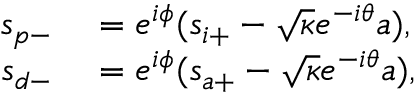
\begin{array} { r l } { s _ { p - } } & { { } = e ^ { i \phi } ( s _ { i + } - \sqrt { \kappa } e ^ { - i \theta } a ) , } \\ { s _ { d - } } & { { } = e ^ { i \phi } ( s _ { a + } - \sqrt { \kappa } e ^ { - i \theta } a ) , } \end{array}